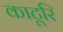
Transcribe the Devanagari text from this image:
काटूरि